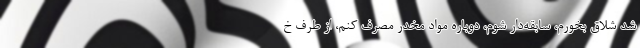
شد شلاق بخورم، سابقه‌دار شوم، دوباره مواد مخدر مصرف کنم، از طرف خ